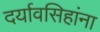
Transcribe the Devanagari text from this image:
दर्यावसिहांना